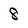
Character: 8